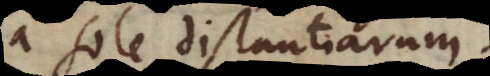
a sole distantiarum.